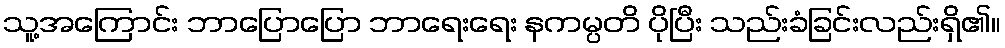
သူ့အကြောင်း ဘာပြောပြော ဘာရေးရေး နကမ္ပတိ ပိုပြီး သည်းခံခြင်းလည်းရှိ၏။